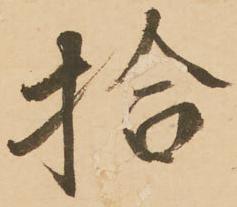
拾